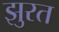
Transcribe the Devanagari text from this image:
झुरत